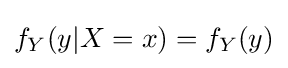
f_{Y}(y|X=x)=f_{Y}(y)